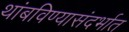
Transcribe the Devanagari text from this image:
थांबविण्यासंदर्भात